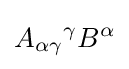
A_{\alpha \gamma }{}^{\gamma }B^{\alpha }